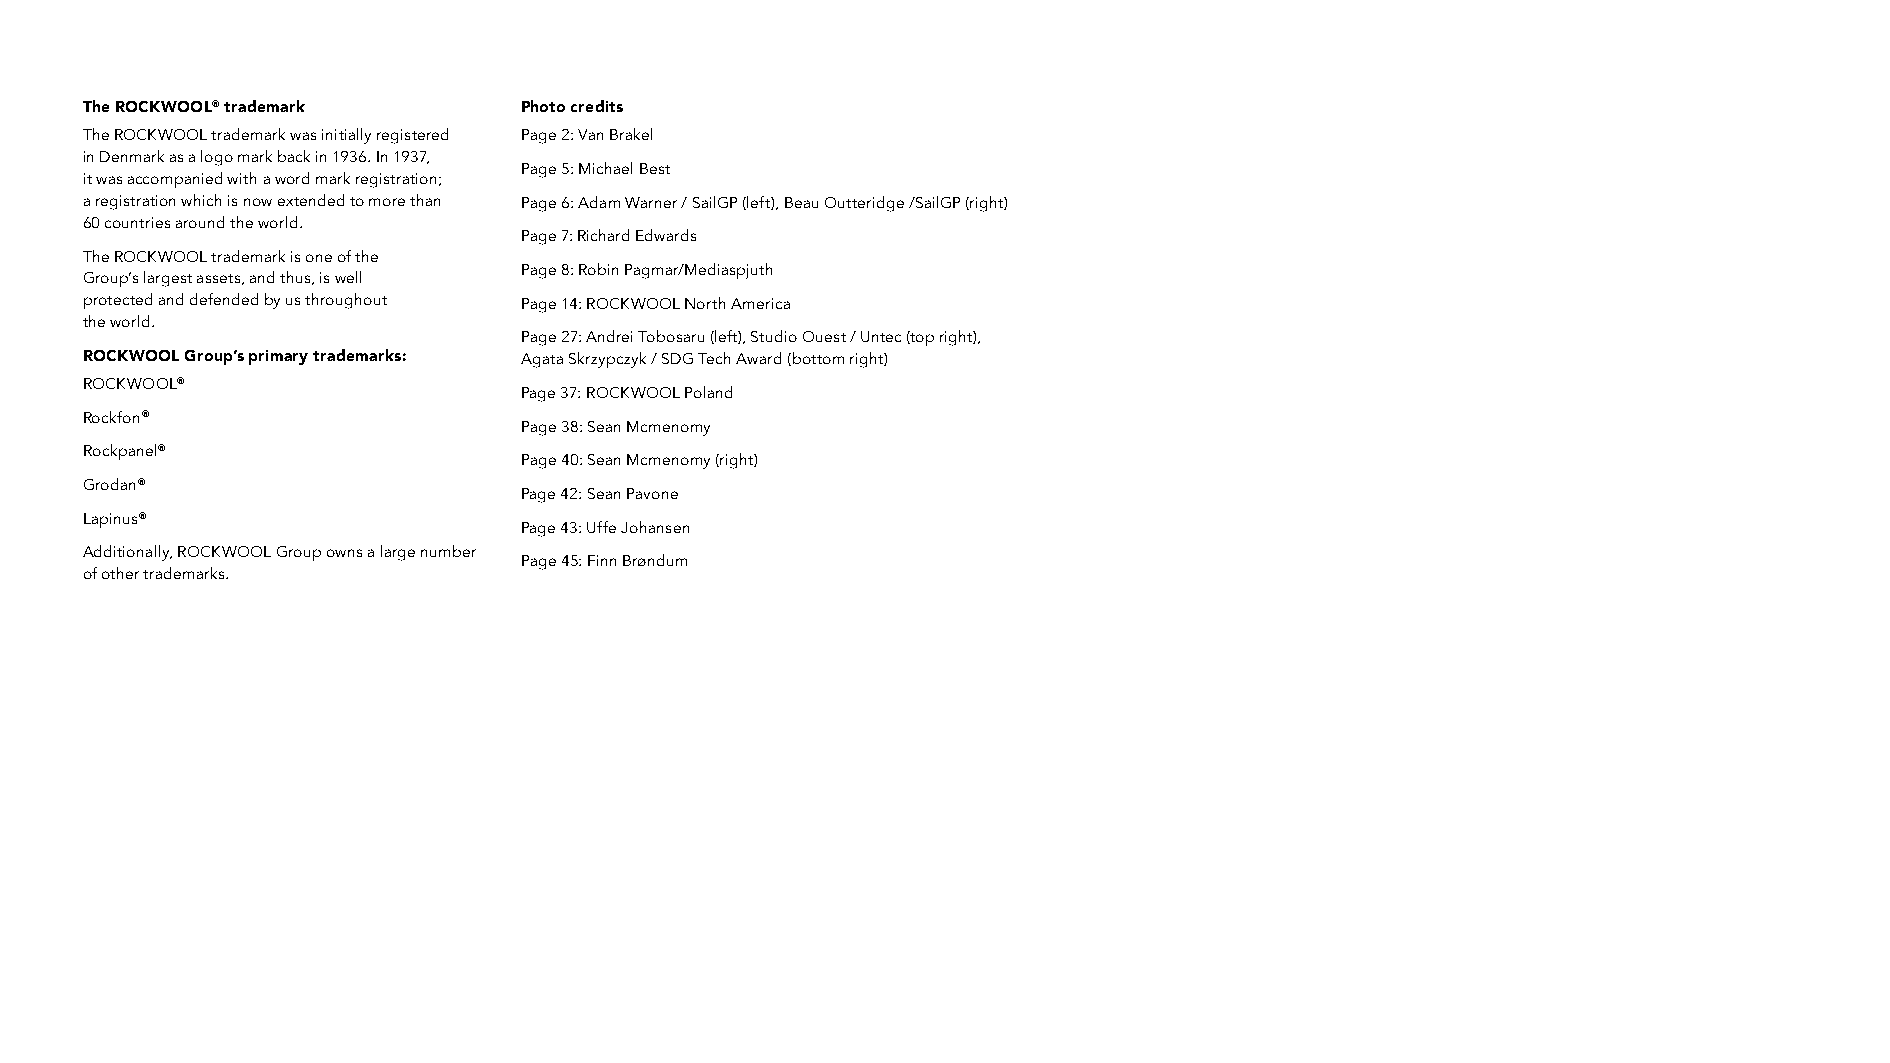
The ROCKWOOL® trademark      Photo credits
 The ROCKWOOL trademark was initially registered Page 2: Van Brakel
 in Denmark as a logo mark back in 1936. In 1937,
 Page 5: Michael Best
 it was accompanied with a word mark registration;
 a registration which is now extended to more than Page 6: Adam Warner / SailGP (left), Beau Outteridge /SailGP (right)
 60 countries around the world.
 Page 7: Richard Edwards
 The ROCKWOOL trademark is one of the
 Page 8: Robin Pagmar/Mediaspjuth
 Group’s largest assets, and thus, is well
 protected and defended by us throughout Page 14: ROCKWOOL North America
 the world.
 Page 27: Andrei Tobosaru (left), Studio Ouest / Untec (top right),
 ROCKWOOL Group’s primary trademarks: Agata Skrzypczyk / SDG Tech Award (bottom right)
 ROCKWOOL®
 Page 37: ROCKWOOL Poland
 Rockfon®
 Page 38: Sean Mcmenomy
 Rockpanel®
 Page 40: Sean Mcmenomy (right)
 Grodan®
 Page 42: Sean Pavone
 Lapinus®
 Page 43: Uffe Johansen
 Additionally, ROCKWOOL Group owns a large number
 Page 45: Finn Brøndum
 of other trademarks.